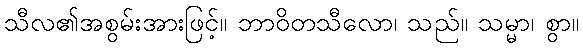
သီလ၏အစွမ်းအားဖြင့်။ ဘာဝိတသီလော၊ သည်။ သမ္မာ၊ စွာ။